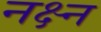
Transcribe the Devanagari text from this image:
नक्ष्न